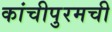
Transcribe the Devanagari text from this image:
कांचीपुरमची